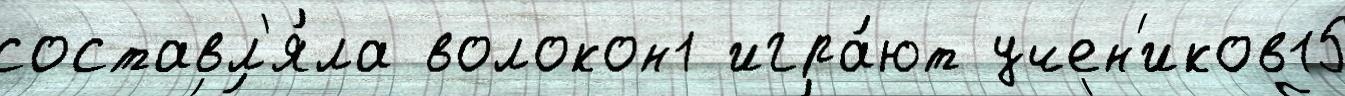
составл'я́ла волокон1 игра́ют учен'иков15